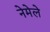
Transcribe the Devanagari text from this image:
नेमेले